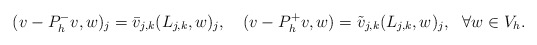
\begin{align*} (v-P^-_hv, w)_j=\bar{v}_{j,k}(L_{j,k},w)_j,\ \ \ (v-P^+_hv, w)=\tilde{v}_{j,k}(L_{j,k},w)_j,\ \ \forall w\in V_h.\end{align*}